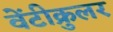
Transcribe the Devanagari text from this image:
वेंटीक्रुलर